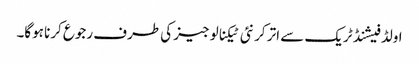
اولڈ فیشنڈ ٹریک سے اتر کر نئی ٹیکنالوجیز کی طرف رجوع کرنا ہوگا۔